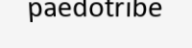
paedotribe